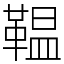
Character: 鞰